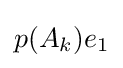
p(A_{k})e_{1}